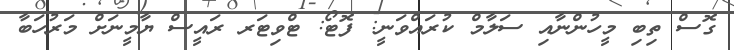
ގޮސް ތިބި މީހުންނާއި ސަލާމް ކުރައްވަނީ: ފޮޓޯ: ޓްވިޓަރ ރައީސް ޔާމީނަށް މަރުހަބާ